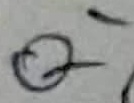
Text: Q1